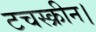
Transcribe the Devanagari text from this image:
टचस्क्रीन।